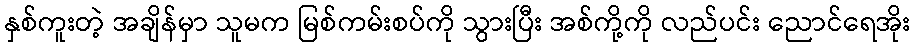
နှစ်ကူးတဲ့ အချိန်မှာ သူမက မြစ်ကမ်းစပ်ကို သွားပြီး အစ်ကို့ကို လည်ပင်း ညောင်ရေအိုး